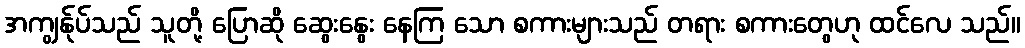
အကျွန်ုပ်သည် သူတို့ ပြောဆို ဆွေးနွေး နေကြ သော စကားများသည် တရား စကားတွေဟု ထင်လေ သည်။